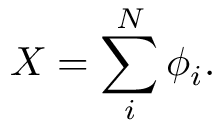
X = \sum _ { i } ^ { N } \phi _ { i } .